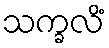
သက္ခလိံ